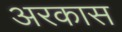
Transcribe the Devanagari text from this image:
अरकास